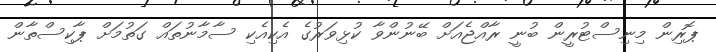
ޕޮރިން މިނިސްޓުރީން ބުނީ ރާއްޖެއަށް ބޭނުންވާ ކުޅިވަރުގެ އެކިއެކި ސާމާނުތައް ގަތުމަށް ޕާކިސްތާން